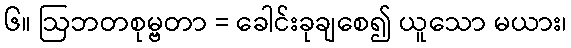
၆။ ဩဘတစုမ္ဗတာ = ခေါင်းခုချစေ၍ ယူသော မယား၊